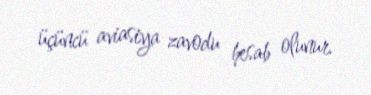
üçüncü aviasiya zavodu hesab olunur.